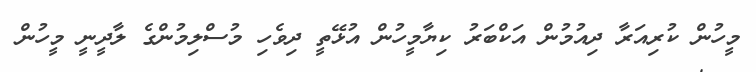
މީހުން ކުރިއަރާ ދިއުމުން އަކްބަރު ކިޔާމީހުން އުޅޭތީ ދިވެހި މުސްލިމުންގެ ލާދީނީ މީހުން